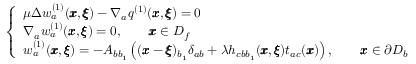
\left\{ \begin{array} { l l } { \mu \Delta w _ { a } ^ { ( 1 ) } ( { \pmb x } , { \pmb \xi } ) - \nabla _ { a } q ^ { ( 1 ) } ( { \pmb x } , { \pmb \xi } ) = 0 } \\ { \nabla _ { a } w _ { a } ^ { ( 1 ) } ( { \pmb x } , { \pmb \xi } ) = 0 , \qquad { \pmb x } \in D _ { f } } \\ { w _ { a } ^ { ( 1 ) } ( { \pmb x } , { \pmb \xi } ) = - A _ { b b _ { 1 } } \left( ( { \pmb x } - { \pmb \xi } ) _ { b _ { 1 } } \delta _ { a b } + { \lambda } h _ { c b b _ { 1 } } ( { \pmb x } , { \pmb \xi } ) t _ { a c } ( { \pmb x } ) \right) , \qquad { \pmb x } \in \partial D _ { b } } \end{array} \right.